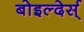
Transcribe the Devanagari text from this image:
बोइल्देर्स्